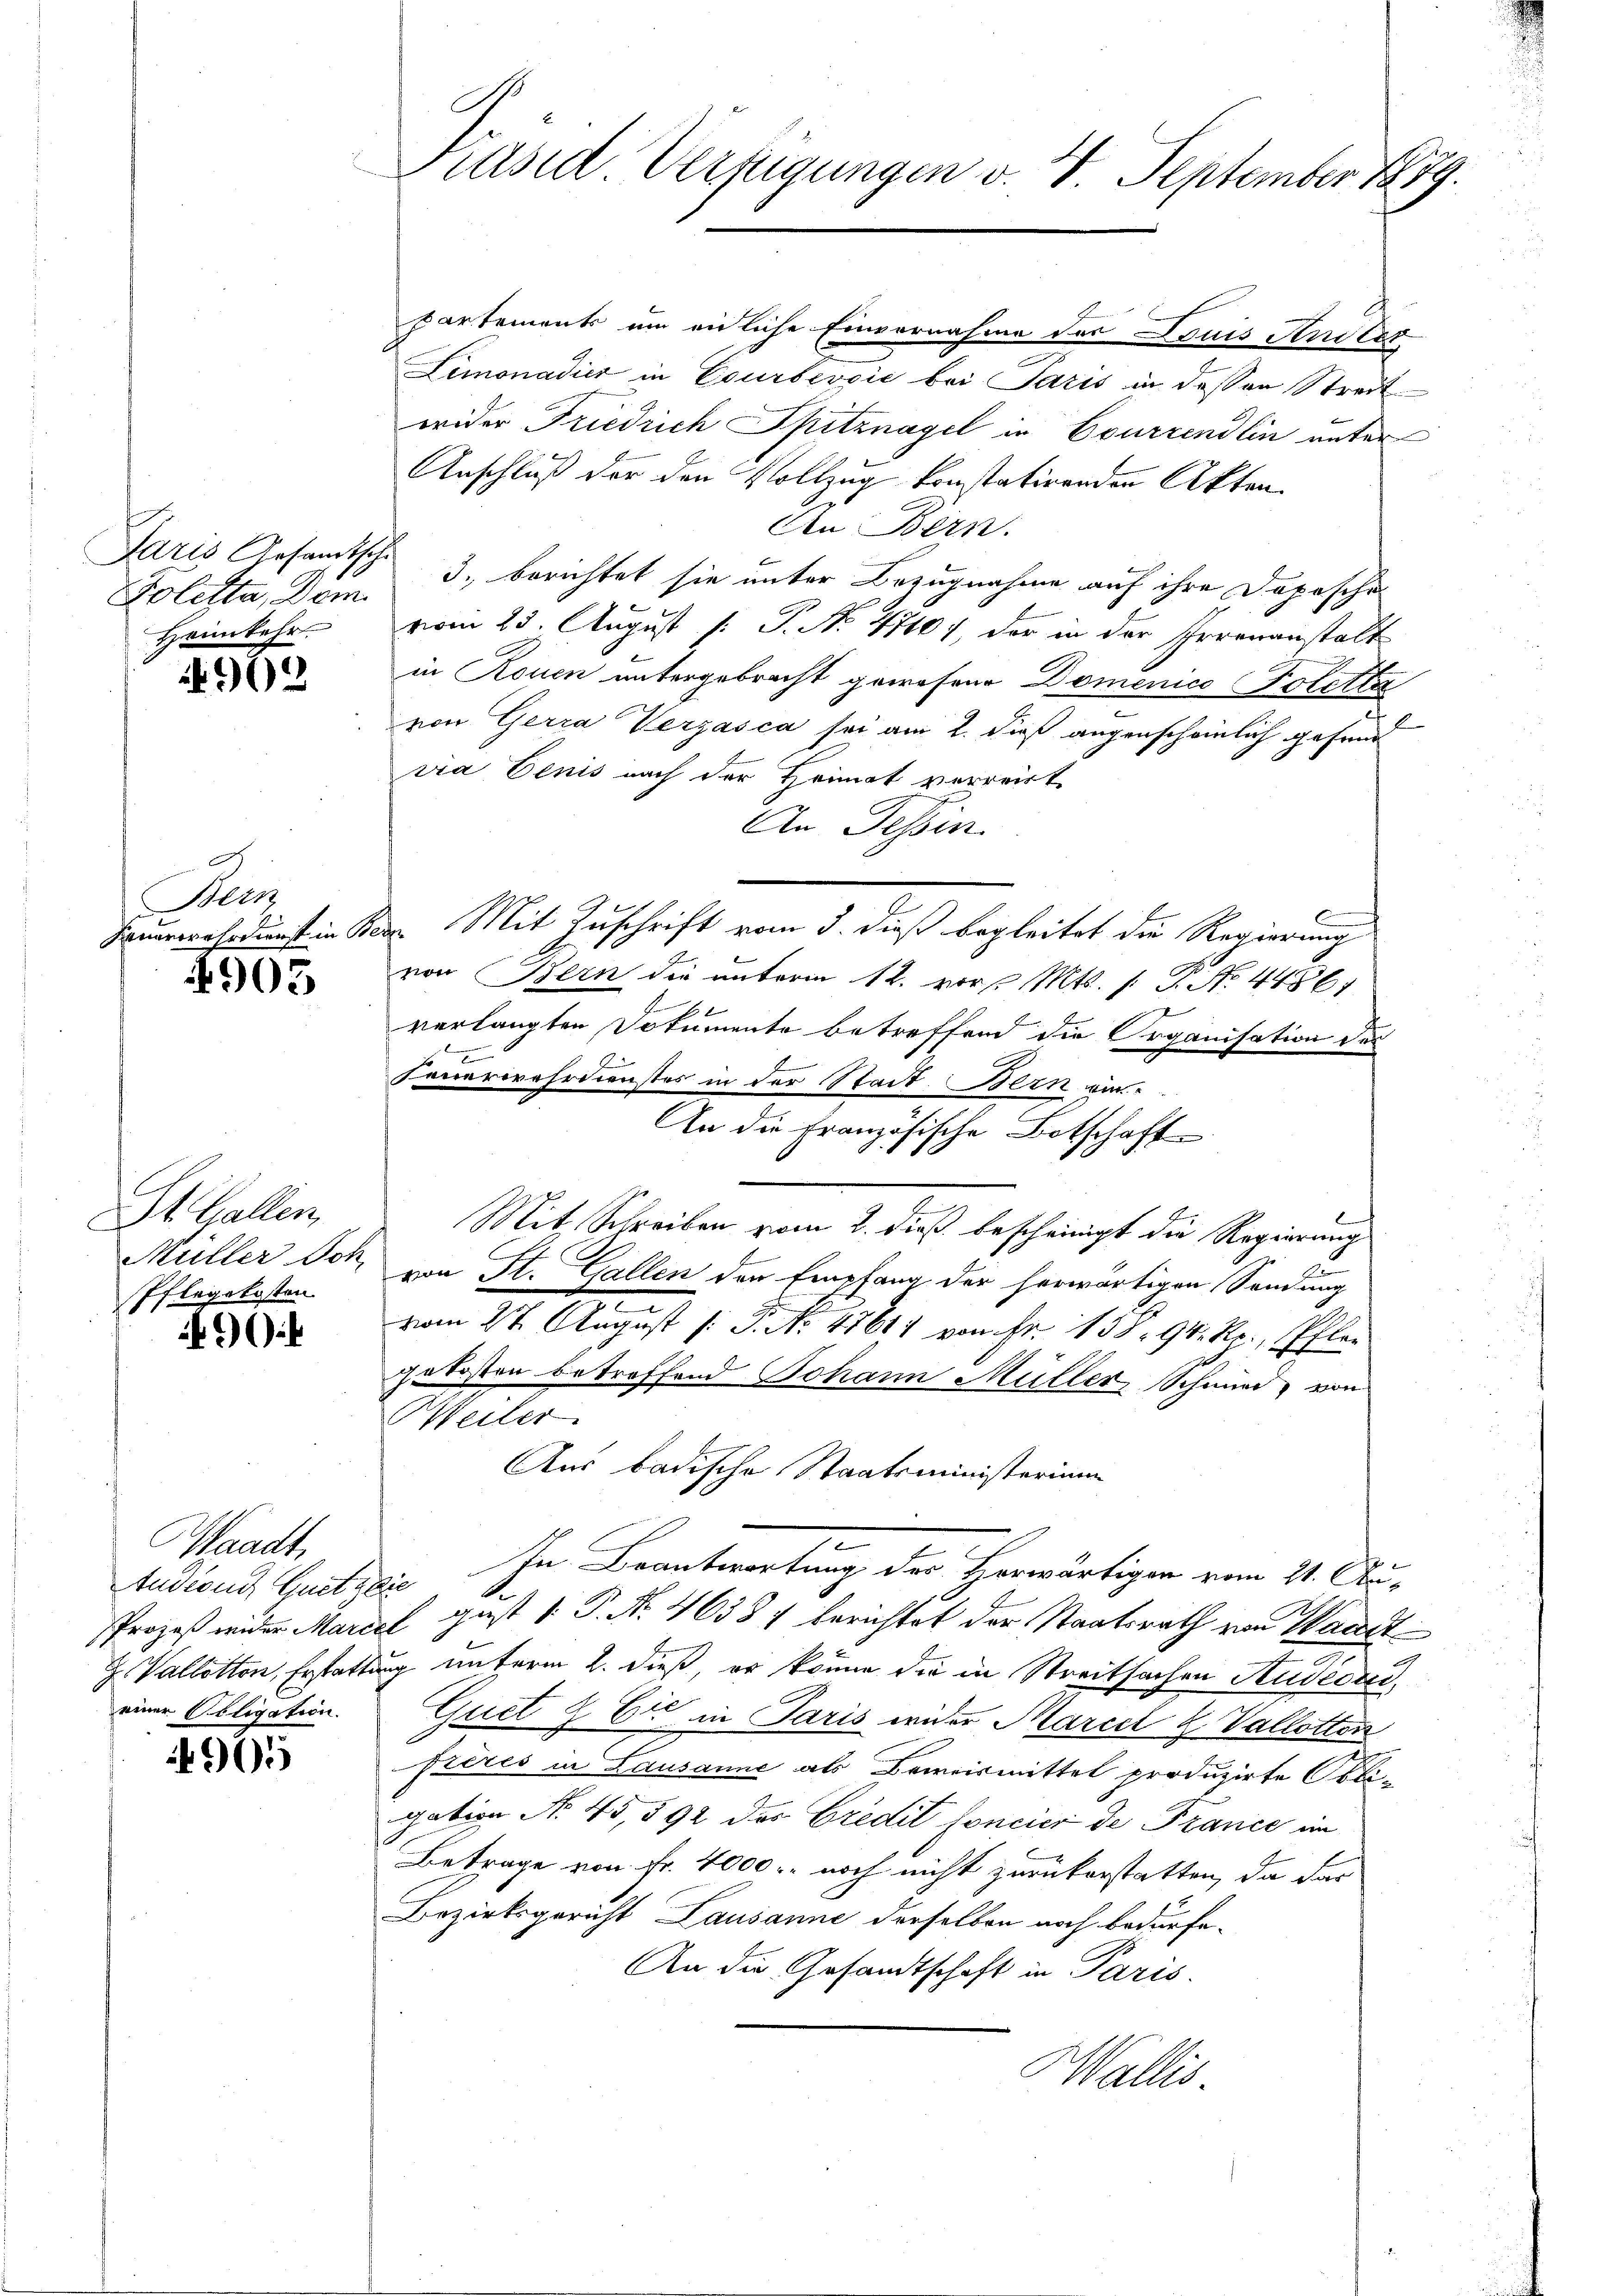
Paris Gesandtsche
Foletta, Dem
Heimkehr.

92

A
Bern

4905

E
St. Gallen,
Pflegekosten

9

Waadt,
Anderen Quets die
einer Poligation.

4905

partements um eidliche Einvernahme der Louis Anstes
Limonadier in Courbević bei Paris in dessen Streit
wider Friedrich Spitznagel in Courrendlin unter
Anschluß der den Vollzug konstatirenden Akten.
An Bern.
3. berichtet sie unter Bezugnahme auf ihre Depesche
vom 23. August [: P. No. 4710), der in der Eherenanstalt
in Rouen untergebracht gewesene Domenico Poletta
von Gerra Verzasca sei am 2. dieß augenscheinlich gefund
cia Benis nach der Heimat verreiste
An Tessin
C
Hauerwehrdunst in Bern. Mit Zuschrift vom 5. dieß begleitet die Regierung
von Bern die unterm 12. vor. Mts. (T. No. 4486)
f
verlangten Dokumente betreffend die Organisation des
.
Feuerwehrdienstes in der Stadt Bern vor
An die Französische Botschaft
Mit Schreiben vom 2. dieß bescheinigt die Regierung
Müller Joh. von St. Gallen den Empfang der herwärtigen Sendung
.
vom 27. August /: J. No. 41614 von Fr. 138. 94. R., Pflan
gekosten betreffend Johann Müller Schmied, von
Weiler
Aus badische Staatsministerium
In Beantwortung der Herwärtigen vom 21. Au¬
A.
Prozeß wider Mariel gust 1 P. Nr. 46381 berichtet der Staatsrath von Wart
Z Vallotten, Erstattung unterm 2. dieß, er könne die in Streitsachen Studiosi,
Guet & Er in Paris wider Marcel & Vallotten
frères in Lausanne als Beweismittel produzirte Obligation No. 45, 592 des Credit foncier de Plance im
Betrage von Fr. 4000.- noch nicht zurückerstatten, da dar
Bezirksgericht Lausanne derselben noch bedürfe.
An die Gesandtschaft in Paris.
Wallis.

Präsid. Verfügungen v. 4. September 1889.